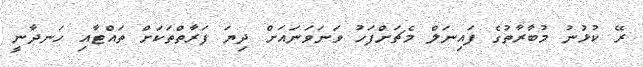
ރޭ ކުޅުނު މުބާރާތުގެ ފައިނަލް މެޗަށްފަހު ވަނަވަނައަށް ދިޔަ ފަރާތްތަކަށް ތައްޓާއި ހަނދާނީ